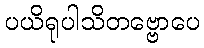
ပယိရုပါသိတဗ္ဗောပေ